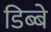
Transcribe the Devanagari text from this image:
डिब्बे